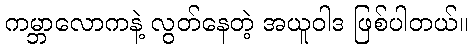
ကမ္ဘာလောကနဲ့ လွတ်နေတဲ့ အယူဝါဒ ဖြစ်ပါတယ်။